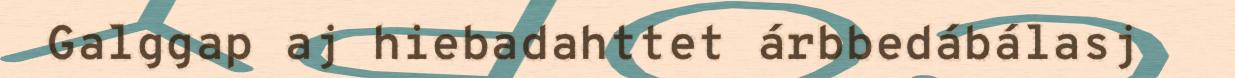
Galggap aj hiebadahttet árbbedábálasj